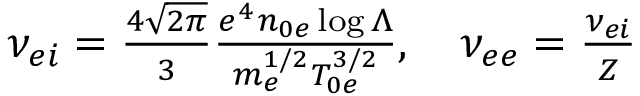
\begin{array} { r } { \nu _ { e i } = \frac { 4 \sqrt { 2 \pi } } { 3 } \frac { e ^ { 4 } n _ { 0 e } \log \Lambda } { m _ { e } ^ { 1 / 2 } T _ { 0 e } ^ { 3 / 2 } } , \quad \nu _ { e e } = \frac { \nu _ { e i } } { Z } } \end{array}